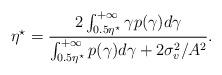
LaTeX: \begin{align*}\eta^{\star}=\frac{2\int_{0.5\eta^{\star}}^{+\infty}{\gamma p(\gamma)d\gamma}}{\int_{0.5\eta^{\star}}^{+\infty}{p(\gamma)d\gamma}+2\sigma_v^2/A^2}.\end{align*}